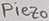
Text: Piezo